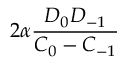
2 \alpha \frac { D _ { 0 } D _ { - 1 } } { C _ { 0 } - C _ { - 1 } }